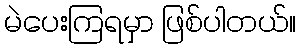
မဲပေးကြရမှာ ဖြစ်ပါတယ်။